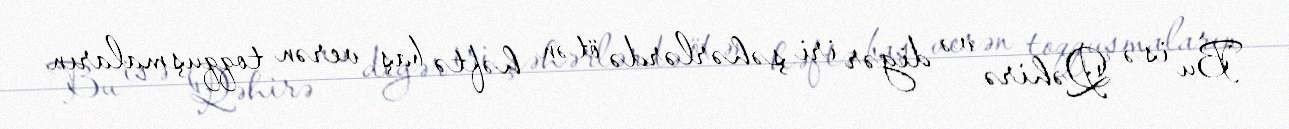
Bu isə Qəhirə və digər iri şəhərlərdə ötən həftə baş verən toqquşmaların